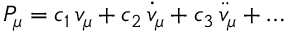
P _ { \mu } = c _ { 1 } \, v _ { \mu } + c _ { 2 } \, { \dot { v } } _ { \mu } + c _ { 3 } \, { \ddot { v } } _ { \mu } + \ldots